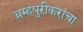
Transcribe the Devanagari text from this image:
ब्रम्हपुरीकरांचा